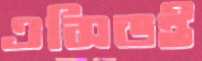
এসিডই